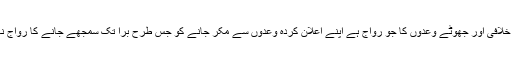
اگرچہ اس اعلان پر شک کرنے کی کوئی وجہ نہیں لیکن ہمارے معاشرے میں وعدہ خلافی اور جھوٹے وعدوں کا جو رواج ہے اپنے اعلان کردہ وعدوں سے مکر جانے کو جس طرح برا تک سمجھے جانے کا رواج نہیں ایسے میں نجی سکولوں سے اس طرح کے اقدام میں کوتاہی کا اندیشہ ضرورہے۔